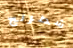
شطرنج